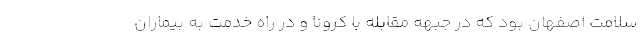
سلامت اصفهان بود که در جبهه مقابله با کرونا و در راه خدمت به بیماران